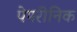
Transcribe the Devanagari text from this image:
पेपरीनिक